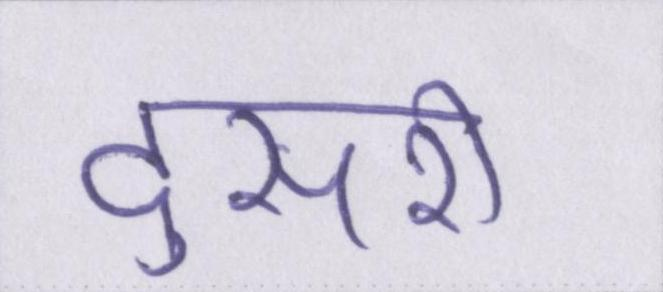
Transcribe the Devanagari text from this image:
दुसरी